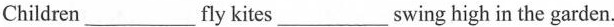
Children___fy kites___swing high in the garden.